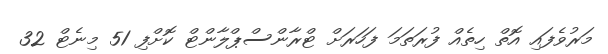
މަރުވެފައި އޮތް ހިތެއް ފުރަތަމަ ފަހަރަށް ޓްރާންސްޕްލާންޓް ކޮށްފި 51 މިނެޓް 32